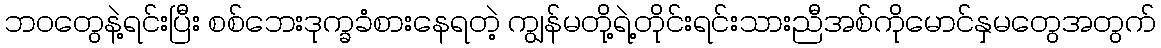
ဘဝတွေနဲ့ရင်းပြီး စစ်ဘေးဒုက္ခခံစားနေရတဲ့ ကျွန်မတို့ရဲ့တိုင်းရင်းသားညီအစ်ကိုမောင်နှမတွေအတွက်